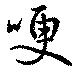
哽